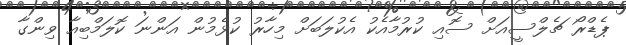
ޕެޑްރޯ ޗެލްސީއަށް ސޮއި ކުރުމާއެކު އެކުލަބަށް މިހާރު ކުޅެމުން އަންނަ ކޮލަމްބިއާ ވިންގާ